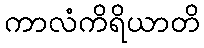
ကာလံကိရိယာတိ